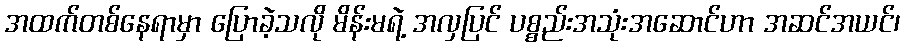
အထက်တစ်နေရာမှာ ပြောခဲ့သလို မိန်းမရဲ့ အလှပြင် ပစ္စည်းအသုံးအဆောင်ဟာ အဆင်အယင်၊